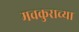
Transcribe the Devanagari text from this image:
मचकुराच्या